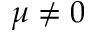
\mu \neq 0